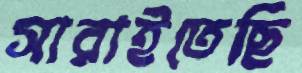
সারাইতেছি